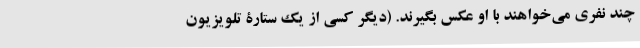
چند نفری می‌خواهند با او عکس بگیرند. (دیگر کسی از یک ستارۀ تلویزیون